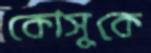
কোসুকে